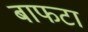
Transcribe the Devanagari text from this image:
बाफटा